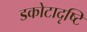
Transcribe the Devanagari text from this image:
डकोटादृष्टि